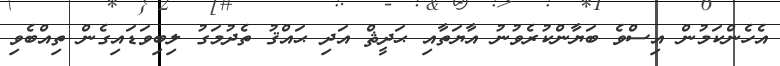
އެހެންކަމުން އިސްވެ ބަޔާންކުރެވުނު އާޔަތާއި ޙަދީޘް އަދި ޙައްޤު ތެދުމަގު ލިބިވަޑައިގެން ތިއްބެވި